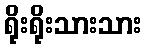
ရိုးရိုးသားသား